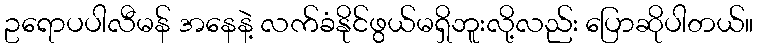
ဥရောပပါလီမန် အနေနဲ့ လက်ခံနိုင်ဖွယ်မရှိဘူးလို့လည်း ပြောဆိုပါတယ်။